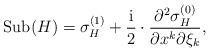
LaTeX: \begin{align*}\mathrm{Sub}(H)=\sigma_H^{(1)}+\frac{\mathrm{i}}{2}\cdot\frac{\partial^2\sigma_H^{(0)}}{\partial x^k\partial\xi_k},\end{align*}